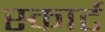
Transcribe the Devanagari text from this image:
स्कार्ट